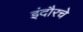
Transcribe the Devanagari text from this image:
इंदौरचे